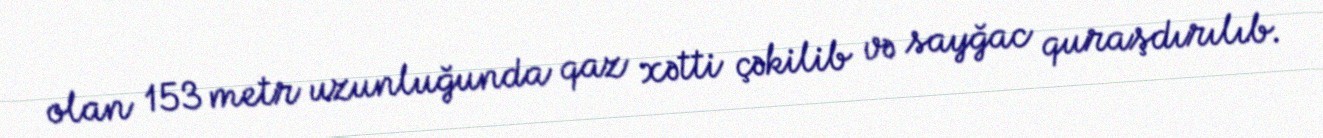
olan 153 metr uzunluğunda qaz xətti çəkilib və sayğac quraşdırılıb.